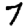
Digit: 7